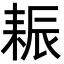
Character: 𦓶